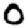
Digit: 0